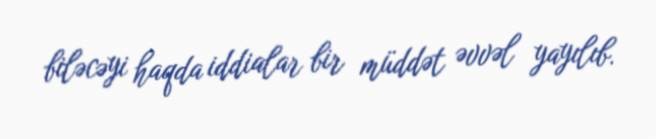
biləcəyi haqda iddialar bir müddət əvvəl yayılıb.